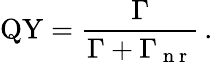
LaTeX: \textrm{QY}=\frac{\Gamma}{\Gamma+\Gamma_{\mathrm{~n~r~}}}\, .